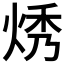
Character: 𬊔